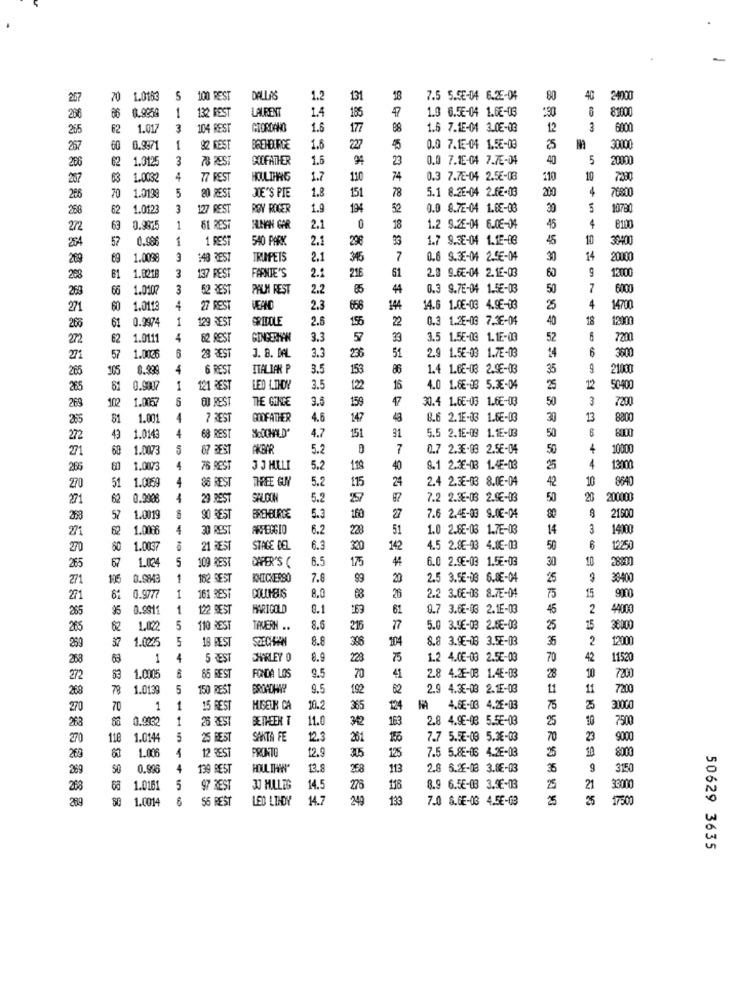
257
70
1.0163
100 REST
DALLAS
1.2
131
18
7.5 5.5E-04 6.25-04
80
40
24000
1
132 BEST
LAURENT
1.4
185
1.9 6.56-04 1.6E-03
288
66
0.9959
81000
265
62
1.017
3
104 REST
GIORDANO
1.6
177
1.6 7.15-01 3.05-03
12
6000
267
60 0.9971
1
92 REST
BREHOURIGE
1.6
0.0 7.15-04 1.5€-03
25
30000
62
1.0125
3
78 REST
XOFATHER
1.5
9
23
0.0 7.15-04 7.7E-04
40
5
20000
266
257
63
1.0032
4
77 REST
1.7
110
74
0.3 7.78-04 2.5€-03
110
10
7480
5
1.8
151
78
5.1 8.2E-04 2.6€-03
200
4
76800
286
70
1.0138
80 REST
JOE'S PIE
256
62 1.0123
3
127 REST
ROY ROGER
1.9
194
52
0.0 8.72-04 1.08-08
30
5
10790
4
2/2
63
0.9975
1
61 REST
ALMAN GAR
2.1
0
18
1.2 9.26-04 6.08-04
45
8100
57
0.986
1
1 REST
540 PARK
2.1
296
1.7 9.38-04 1.15-03
45
38400
289
69 1.0098
3
148 REST
TRUMPETS
2.1
36
7
0.6 9.3E-04 2.5€-04
30
14
20000
1.8218
3
137 REST
2.1
2.9 9.6E-04 2.1E-03
60
13000
208
61
FARNIE'S
216
61
258
66
1.0107
3
52 BEST
PALM REST
2.2
85
0.3 9.7E-04 1.5€-03
50
7
6000
4
271
60
1.0113
27 REST
VEAND
2.3
656
144
14.6 1.0€-03 4.9E-03
25
14700
0.9974
1
129 REST
SRIDOLE
2.6
155
22
0.3 1.25-09 7.38-04
40
18
12000
266
62
272
62
1.011
4
62 REST
153 8
GINGERHAN
3.3
57
33
3.5 1.5E-03 1.1E-00
52
7200
3.3
2.9 1.5E-03 1.7E-03
14
6
3600
271
57
1.0065
3. 8. DAL
236
51
265
105
0.999
4
6 REST
ITALIAN P
3.5
153
86
1.4 1.6E-03 2.96-03
35
9
2100
265
81
0.990
1
121 REST
3.5
122
16
4.0 1.6E-03 5.3E-04
25
12
0400
102
1.0057
00 REST
THE GONCE
3.5
159
7
30.4 1.65-03 1.6E-03
50
3
7200
269
51
1.001
7 REST
GODFATHER
4.6
147
43
8.6 2.1E-03 1.6E-03
30
13
8800
4
68 REST
SKOOCHALD'
151
91
5.5 2.1E-09 1.1E-03
50
272
43
1.0143
4.7
271
60
1.0073
5
67 BEST
AKBA
5.2
7
0.7 2.3E-03 2.5E-04
50
4
10000
266
60
1.0073
4
76 BEST
3 J MELI
5.2
40
9.1 2.36-08 1.4E-03
25
4
13000
51
1.0069
86 REST
THREE GUY
5.2
115
24
2.4 2.3E-03 8.0E-04
42
10
8640
270
271
62
0.0006
29 REST
SALOON
5.2
257
7.2 2.38-03 2.9€-03
50
20
200000
7.6 2.4E-09 9.0E-04
80
258
57
1.0019
90 REST
BREHBURGE
5.3
160
27
21500
62
1.0096
30 REST
ARPEGGIO
6.2
228
51
1.0 2.6E-03 1.7E-03
14
3
14000
271
270
60
1.0037
21 REST
STAGE DEL
6.3
320
142
4.5 2.8E-93 4.0E-03
50
6
12250
67
1.024
5
109 REST
DAPER'S (
6.5
175
6.0 2.95-03 1.5€-03
30
10
288:00
265
271
0.9943
1
182 SEST
KNICKERSO
7.8
99
20
2.5 3.5E-03 6.8E-04
25
38400
1
2.2 3.6E-08 8.7E-01
75
9000
271
61
0.9777
161 REST
8.0
26
15
0.9911
1
1位2 EST
MARIGOLD
8.1
269
61
9.7 3.6E-03 2.1E-03
45
2
44000
265
265
62
1.022
5
110 REST
TAVERN ..
8.6
216
77
5.0 3.96-03 2.0E-03
25
15
80.00
37
1.00%
5
18 BEST
SOECHHAN
8.8
366
104
8.8 3.96-03 3.5E-03
35
2
12000
268
63
1
4
5 REST
CHARLEY 0
8.9
228
75
1.2 4.0E-03 2.5E-03
70
42
11520
10
272
53
1.0005
85 REST
FONDA LOS
9.5
70
2.8 4.25-08 1.4E-03
28
7200
268
78
1.0139
5
150 REST
9.5
192
62
2.9 4.3E-03 2.1E-03
11
7200
270
70
1
1
15 REST
MIGEUR CA
10.2
365
4.6E-03 4.26-03
75
31000
263
0.0032
1
26 REST
BE THEEN T
11.0
342
163
2.8 4.95-08 5.5€-03
25
10
7500
270
118
1.014
5
25 BEST
SANTA FE
12.3
261
7.7 5.5E-03 5.3E-03
70
23
9000
4
12 3EST
PRONTO
12.9
125
7.5 5.8E-06 4.26-03
25
10
8000
269
1.006
305
289
50
0.998
4
139 REST
HOULIHAN'
13.8
258
113
2.8 6.26-03 3.8E-03
35
9
3150
118
268
63
1.016
5
47 REST
JJ MILLES
14.5
276
8.9 6.5E-08 3.96-03
25
21
33000
269
1.0014
56 REST
LED LINDY
14.7
249
133
7.0 6.GE-03 4.5E-03
25
17500
50629 3635